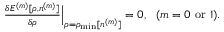
\begin{array} { r } { \frac { \delta { \cal E } ^ { ( m ) } [ \rho , n ^ { ( m ) } ] } { \delta \rho } \Big \vert _ { \rho = \rho _ { \mathrm { m i n } } [ n ^ { ( m ) } ] } = 0 , ~ ~ ( m = 0 ~ \mathrm { o r } ~ 1 ) . } \end{array}